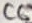
Text: C6